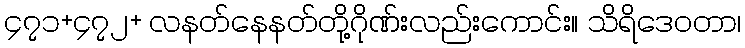
၄၇၁+၄၇၂+ လနတ်နေနတ်တို့ဂိုဏ်းလည်းကောင်း။ သိရိဒေဝတာ၊